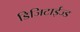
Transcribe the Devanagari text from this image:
डिजिटाईज्ड